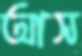
আস